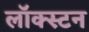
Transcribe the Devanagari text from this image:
लॉक्स्टन